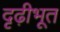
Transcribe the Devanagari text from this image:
दृढ़ीभूत